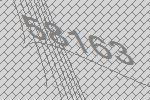
58163